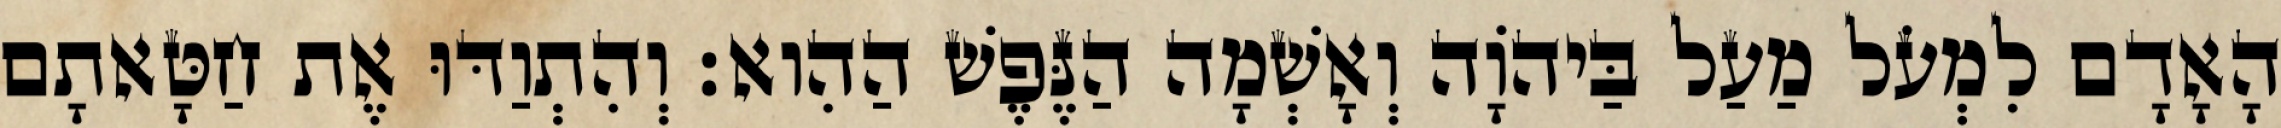
הָאָדָם לִמְעֹל מַעַל בַּיהוָֹה וְאָשְׁמָה הַנֶּפֶשׁ הַהִוא׃ וְהִתְוַדּוּ אֶת חַטָּאתָם